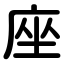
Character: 座